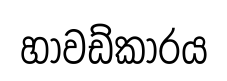
හාවඩ්කාරය